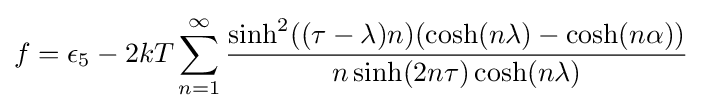
{\begin{aligned}f=\epsilon _{5}-2kT\sum _{n=1}^{\infty }{\frac {\sinh ^{2}((\tau -\lambda )n)(\cosh(n\lambda )-\cosh(n\alpha ))}{n\sinh(2n\tau )\cosh(n\lambda )}}\end{aligned}}